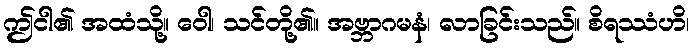
ဤငါ၏ အထံသို့။ ဝေါ၊ သင်တို့၏။ အဗ္ဘာဂမနံ၊ လာခြင်းသည်။ စိရဿံဟိ၊